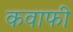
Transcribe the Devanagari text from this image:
कवाफी